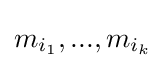
m_{i_{1}},...,m_{i_{k}}